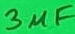
Text: 3µF